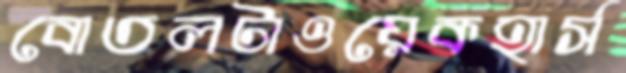
বোতলটাওয়েকহার্স